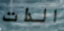
الذات